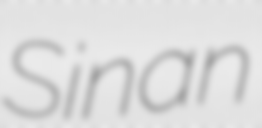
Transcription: Sinan